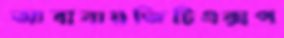
আবাবায়জিটিএক্সপ